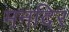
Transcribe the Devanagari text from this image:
मनदिर